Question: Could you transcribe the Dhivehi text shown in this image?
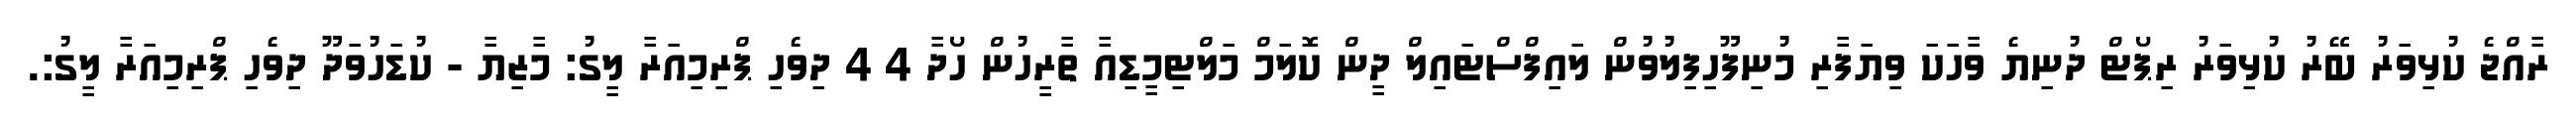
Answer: ރާއްޖެ ކުޅިވަރު ބޭރު ކުޅިވަރު ރިޕޯޓް ދުނިޔެ ވާހަކަ ވިޔަފާރި މުނިފޫހިފިލުވުން ލައިފްސްޓައިލް ދީން ކޮލަމް މަލްޓިމީޑިއާ ތާރީހުން ހޯދާ 4 4 ދިވެހި ޕްރިމިއަރާ ލީގު: މާޒިޔާ - ކުޑަހުވަދޫ ދިވެހި ޕްރިމިއަރާ ލީގު:.